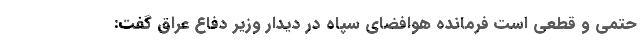
حتمی و قطعی است فرمانده هوافضای سپاه در دیدار وزیر دفاع عراق گفت: